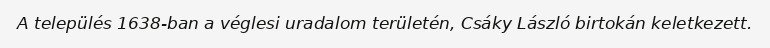
A település 1638-ban a véglesi uradalom területén, Csáky László birtokán keletkezett.